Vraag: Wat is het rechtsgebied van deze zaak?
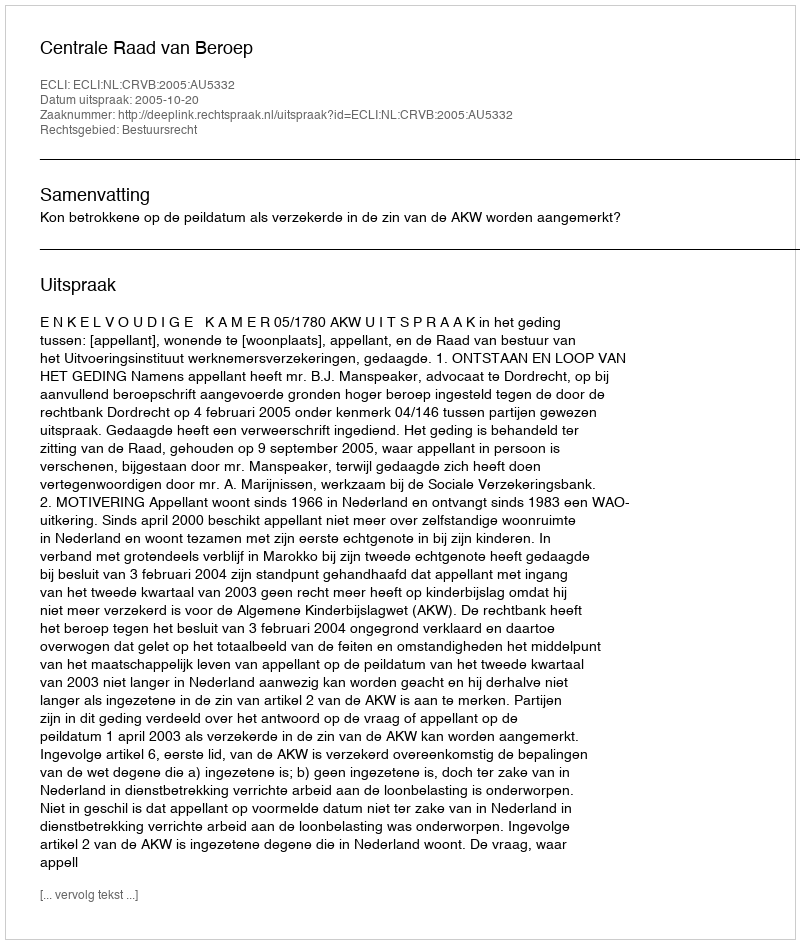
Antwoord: Bestuursrecht